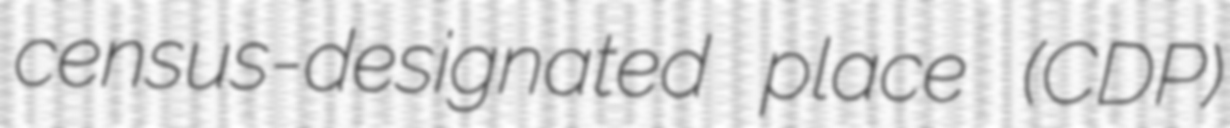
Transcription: census-designated place (CDP)